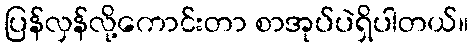
ပြန်လှန်လို့ကောင်းတာ စာအုပ်ပဲရှိပါတယ်။